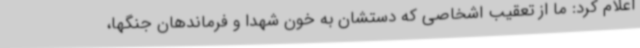
اعلام کرد: ما از تعقیب اشخاصی که دستشان به خون شهدا و فرماندهان جنگها،